Specificity of antivenomous sera - Number 5
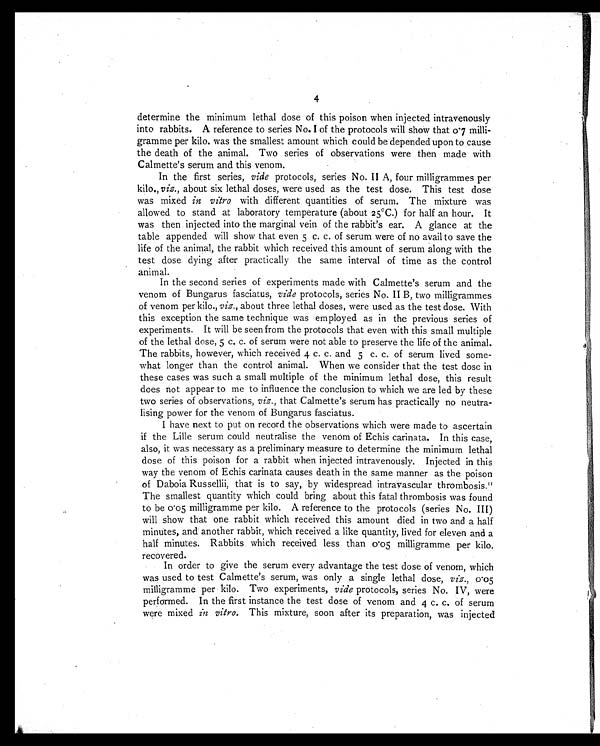
4
determine the minimum lethal dose of this poison when injected intravenously
into rabbits. A reference to series No. I of the protocols will show that 0.7 milli-
gramme per kilo. was the smallest amount which could be depended upon to cause
the death of the animal. Two series of observations were then made with
Calmette's serum and this venom.
In the first series, vide protocols, series No. II A, four milligrammes per
kilo., viz., about six lethal doses, were used as the test dose. This test dose
was mixed in vitro with different quantities of serum. The mixture was
allowed to stand at laboratory temperature (about 25°C.) for half an hour. It
was then injected into the marginal vein of the rabbit's ear. A glance at the
table appended will show that even 5 c. c. of serum were of no avail to save the
life of the animal, the rabbit which received this amount of serum along with the
test dose dying after practically the same interval of time as the control
animal.
In the second series of experiments made with Calmette's serum and the
venom of Bungarus fasciatus, vide protocols, series No. II B, two milligrammes
of venom per kilo., viz., about three lethal doses, were used as the test dose. With
this exception the same technique was employed as in the previous series of
experiments. It will be seen from the protocols that even with this small multiple
of the lethal dose, 5 c. c. of serum were not able to preserve the life of the animal.
The rabbits, however, which received 4 c. c. and 5 c. c. of serum lived some-
what longer than the control animal. When we consider that the test dose in
these cases was such a small multiple of the minimum lethal dose, this result
does not appear to me to influence the conclusion to which we are led by these
two series of observations, viz., that Calmette's serum has practically no neutra-
lising power for the venom of Bungarus fasciatus.
I have next to put on record the observations which were made to ascertain
if the Lille serum could neutralise the venom of Echis carinata. In this case,
also, it was necessary as a preliminary measure to determine the minimum lethal
dose of this poison for a rabbit when injected intravenously. Injected in this
way the venom of Echis carinata causes death in the same manner as the poison
of Daboia Russellii, that is to say, by widespread intravascular thrombosis. 1 1
The smallest quantity which could bring about this fatal thrombosis was found
to be 0.05 milligramme per kilo. A reference to the protocols (series No. III)
will show that one rabbit which received this amount died in two and a half
minutes, and another rabbit, which received a like quantity, lived for eleven and a
half minutes. Rabbits which received less than 0.05 milligramme per kilo.
recovered.
In order to give the serum every advantage the test dose of venom, which
was used to test Calmette's serum, was only a single lethal dose, viz., 0.05
milligramme per kilo. Two experiments, vide protocols, series No. IV, were
performed. In the first instance the test dose of venom and 4 c. c. of serum
were mixed in vitro . This mixture, soon after its preparation, was injected